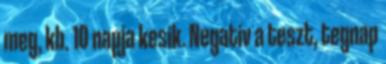
meg, kb. 10 napja kesik. Negativ a teszt, tegnap